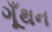
ગૂઁથન